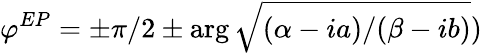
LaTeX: \varphi^{EP}=\pm\pi/2\pm\arg\sqrt{(\alpha-ia)/(\beta-ib)})